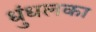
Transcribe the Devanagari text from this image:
धुंधलका